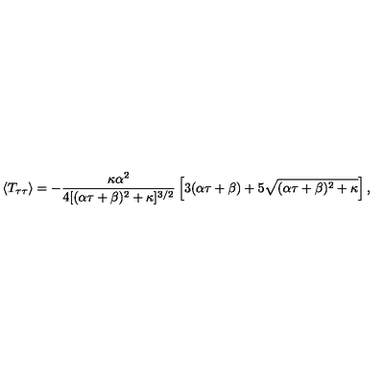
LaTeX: \langle T _ { \tau \tau } \rangle = - { \frac { \kappa \alpha ^ { 2 } } { 4 [ ( \alpha \tau + \beta ) ^ { 2 } + \kappa ] ^ { 3 / 2 } } } \left[ 3 ( \alpha \tau + \beta ) + 5 \sqrt { ( \alpha \tau + \beta ) ^ { 2 } + \kappa } \right] ,